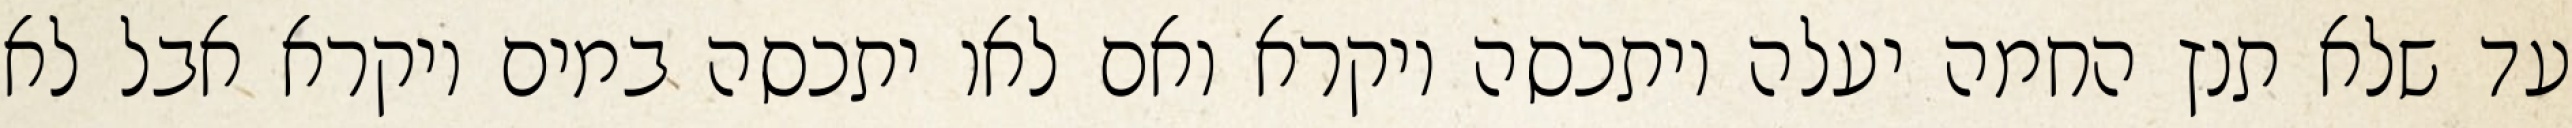
עד שלא תנץ החמה יעלה ויתכסה ויקרא ואם לאו יתכסה במים ויקרא אבל לא